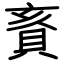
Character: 賌